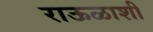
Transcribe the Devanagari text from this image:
राऊळाशी